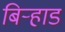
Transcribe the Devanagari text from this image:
बिऱ्हाडं